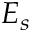
E _ { s }